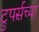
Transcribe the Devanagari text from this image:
ट्रुपर्सच्या